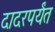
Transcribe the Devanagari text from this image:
दादरपर्यंत